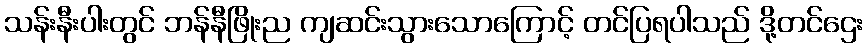
သန်းနီးပါးတွင် ဘန်နီဖြိုးည ကျဆင်းသွားသောကြောင့် တင်ပြရပါသည် ဒို့တင်ဌေး